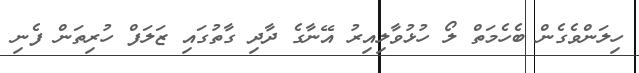
ހިލަންވެގެން ބެހެމަތް ލޯ ހުޅުވާލިއިރު އޭނާގެ ދާދި ގާތުގައި ޒަލަފް ހުރިތަން ފެނި